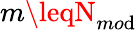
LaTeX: m\leqN_{mo\mathrm{d}}